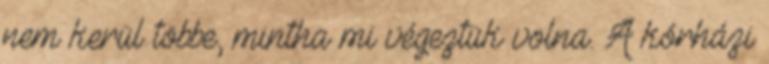
nem kerül többe, mintha mi végeztük volna. A kórházi